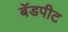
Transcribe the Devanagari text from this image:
बॅडपीट